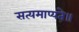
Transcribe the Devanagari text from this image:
सत्यमाप्यते॥